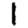
Digit: 1